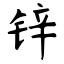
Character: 锌